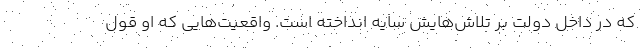
که در داخل دولت بر تلاش‌هایش سایه انداخته است. واقعیت‌هایی که او قول